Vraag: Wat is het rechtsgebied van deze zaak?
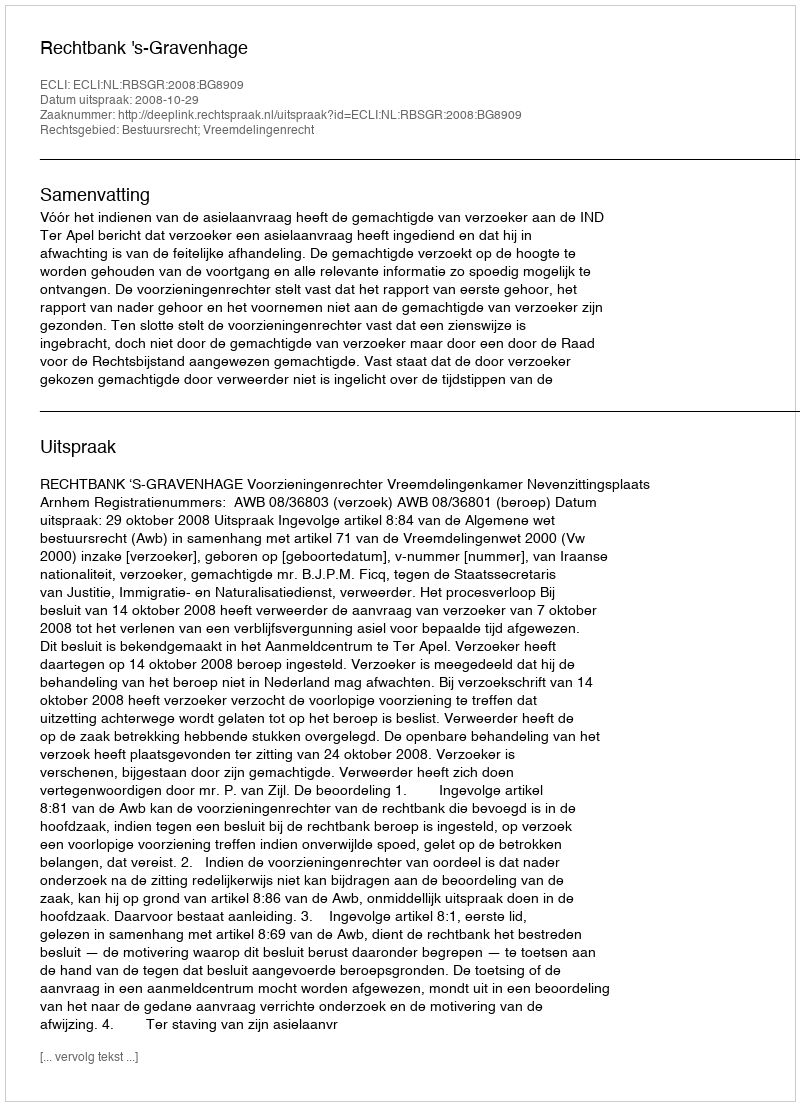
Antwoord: Bestuursrecht; Vreemdelingenrecht